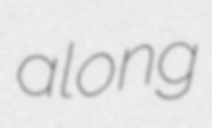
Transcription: along